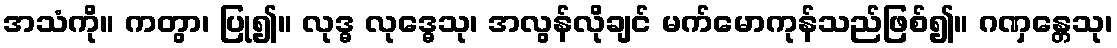
အသံကို။ ကတွာ၊ ပြု၍။ လုဒ္ဓ လုဒ္ဓေသု၊ အလွန်လိုချင် မက်မောကုန်သည်ဖြစ်၍။ ဂဏှန္တေသု၊